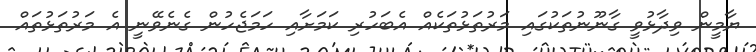
ޔާމީން ވިދާޅުވީ ގާނޫނުތަކުގައި މަރުތަޅުތަކެއް އެބަހުރި ކަމަށާއި ހަމަޖެހުން ގެނެވޭނީ އެ މަރުތަޅުތައް